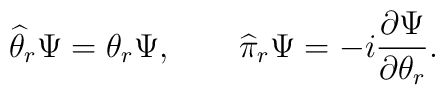
\widehat \theta_r \Psi = \theta_r \Psi, \qquad \widehat \pi_r \Psi =- i \frac{\partial \Psi}{\partial \theta_r}.